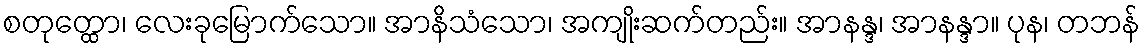
စတုတ္ထော၊ လေးခုမြောက်သော။ အာနိသံသော၊ အကျိုးဆက်တည်း။ အာနန္ဒ၊ အာနန္ဒာ။ ပုန၊ တဘန်